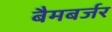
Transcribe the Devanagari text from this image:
बैमबर्जर